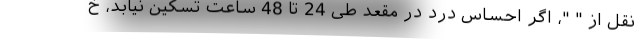
نقل از " "، اگر احساس درد در مقعد طی 24 تا 48 ساعت تسکین نیابد، خ